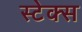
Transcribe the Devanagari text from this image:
स्टेक्स